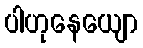
ပါဟုနေယျော